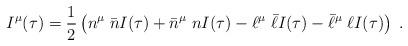
LaTeX: \begin{align*}I^{\mu}(\tau)=\frac{1}{2}\left(n^{\mu}\;\bar{n}I(\tau) +\bar{n}^{\mu}\;nI(\tau)-\ell^{\mu}\;\bar{\ell}I(\tau) -\bar{\ell}^{\mu}\;\ell I(\tau) \right)\;.\end{align*}